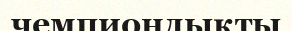
чемпиондықты